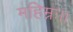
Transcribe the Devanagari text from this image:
महिम्नः।।